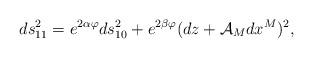
LaTeX: \begin{align*} ds_{11}^2=e^{2\alpha\varphi}ds_{10}^2+e^{2\beta\varphi}(dz+ \mathcal{A}_M dx^M)^2,\end{align*}